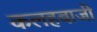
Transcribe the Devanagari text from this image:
कलहबाजी